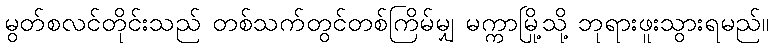
မွတ်စလင်တိုင်းသည် တစ်သက်တွင်တစ်ကြိမ်မျှ မက္ကာမြို့သို့ ဘုရားဖူးသွားရမည်။